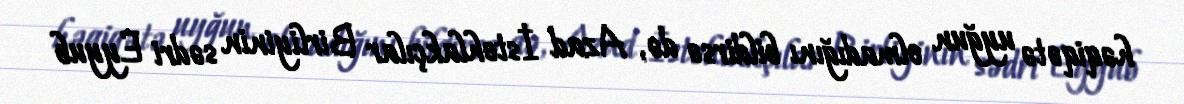
həqiqətə uyğun olmadığını bildirsə də, Azad İstehlakçılar Birliyinin sədri Eyyub